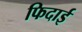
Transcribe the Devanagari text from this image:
फिदाई